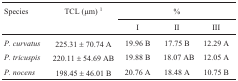
<table><thead><tr><td><b>Species</b></td><td><b>TCL (μm) <sup>1</sup></b></td><td colspan="3"><b>% </b></td></tr><tr><td></td><td></td><td><b>I</b></td><td><b>II</b></td><td><b>III</b></td></tr></thead><tbody><tr><td><i>P. curvatus</i></td><td>225.31 ± 70.74 A</td><td>19.96 B</td><td>17.75 B</td><td>12.29 A</td></tr><tr><td><i>P. tricuspis</i></td><td>220.11 ± 54.69 AB</td><td>19.88 B</td><td>18.07 AB</td><td>12.05 A</td></tr><tr><td><i>P. nocens</i></td><td>198.45 ± 46.01 B</td><td>20.76 A</td><td>18.48 A</td><td>10.75 B</td></tr></tbody></table>